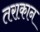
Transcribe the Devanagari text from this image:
तराकान